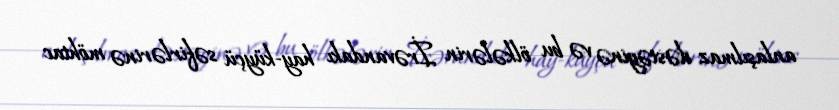
anlaşılmaz dəstəyinə və bu ölkələrin İrəvandakı hay-küyçü səfirlərinə möhtac